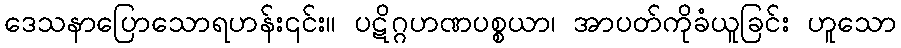
ဒေသနာပြောသောရဟန်း၎င်း။ ပဋိဂ္ဂဟဏပစ္စယာ၊ အာပတ်ကိုခံယူခြင်း ဟူသော